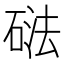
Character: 𱴔